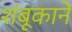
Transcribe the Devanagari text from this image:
शंबूकाने